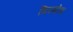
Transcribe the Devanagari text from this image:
गिस्मोंडा